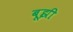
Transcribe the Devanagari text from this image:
बूझी